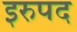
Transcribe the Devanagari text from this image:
इरुपद